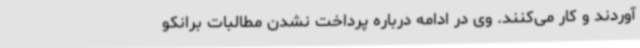
آوردند و کار می‌کنند. وی در ادامه درباره پرداخت نشدن مطالبات برانکو